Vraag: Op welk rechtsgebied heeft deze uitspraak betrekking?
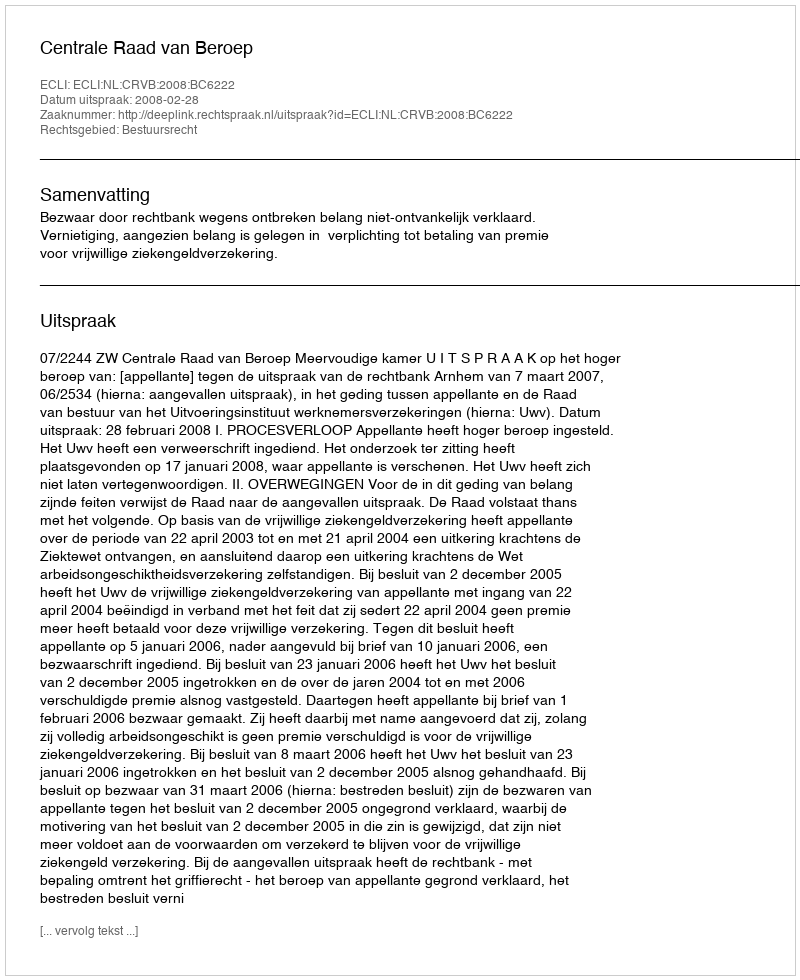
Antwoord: Bestuursrecht